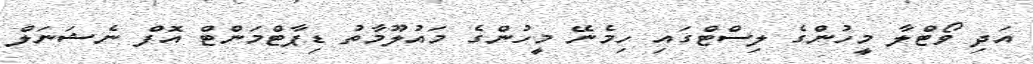
އަދި ވޯޓްލާ މީހުންގެ ލިސްޓްގައި ހިމެނޭ މީހުންގެ މައުލޫމާތު ޑިޕާޓްމަންޓް އޮފް ނެޝަނަލް